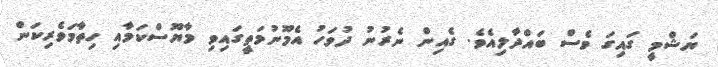
ޔަޝްމީ ގައިގަ ވެސް ބައްދާލިއެވެ. ގެއިން ނެރުނު ދުވަހު އެމޫނުމަތީގައިވި މާޔޫސްކަމާއި ހިތާމަވެރިކަން